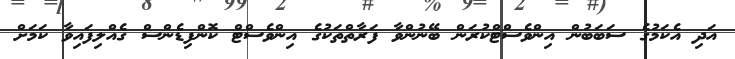
އަދި އެކަމުގެ ސަބަބުން އިންވެސްޓްކުރަން ބޭނުންވާ ފަރާތްތަކުގެ އިންވެސްޓް ކޮންފިޑެންސް ގެއްލިފައިވާ ކަމަށް